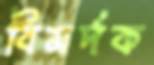
বিমর্দক